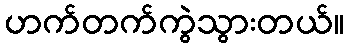
ဟက်တက်ကွဲသွားတယ်။